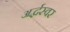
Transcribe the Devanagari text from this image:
अर्द्धस्वर